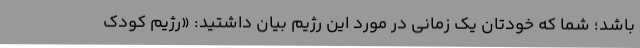
باشد؛ شما که خودتان یک زمانی در مورد این رژیم بیان داشتید: «رژیم کودک